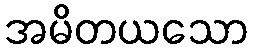
အမိတယသော